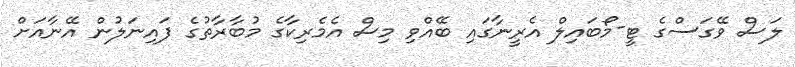
ލަސް ވޭގަސްގެ ޓީ-މޯބައިލް އެރީނާގައި ބޭއްވި މިސް އެމެރިކާގެ މުބާރާތުގެ ފައިނަލުން އޭނާއަށް